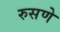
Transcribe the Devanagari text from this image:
रुसणे